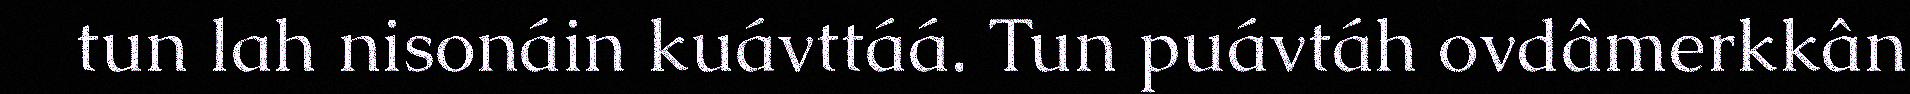
tun lah nisonáin kuávttáá. Tun puávtáh ovdâmerkkân